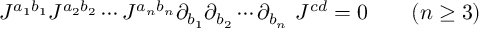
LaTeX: J ^ { a _ { 1 } b _ { 1 } } J ^ { a _ { 2 } b _ { 2 } } \cdots J ^ { a _ { n } b _ { n } } \partial _ { b _ { 1 } } \partial _ { b _ { 2 } } \cdots \partial _ { b _ { n } } \ J ^ { c d } = 0 \qquad ( n \geq 3 )